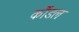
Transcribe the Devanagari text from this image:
कौंडल